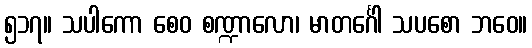
၅၁၇။ သပါကော စေဝ စဏ္ဍာလော၊ မာတင်္ဂေါ သပစော ဘဝေ။